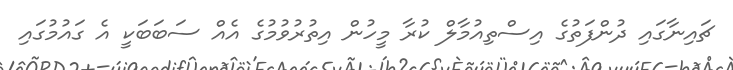
ޗައިނާގައި ދުންފަތުގެ އިސްތިއުމާލް ކުރާ މީހުން އިތުރުވުމުގެ އެއް ސަބަބަކީ އެ ގައުމުގައި